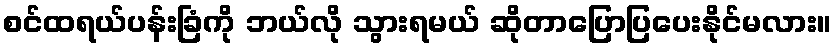
စင်ထရယ်ပန်းခြံကို ဘယ်လို သွားရမယ် ဆိုတာပြောပြပေးနိုင်မလား။